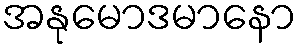
အနုမောဒမာနော